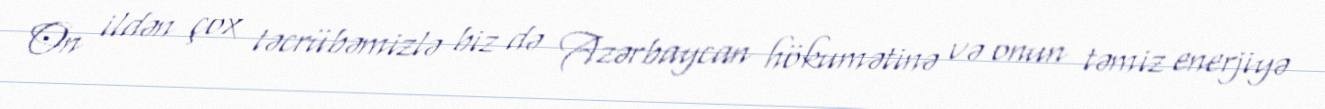
On ildən çox təcrübəmizlə biz də Azərbaycan hökumətinə və onun təmiz enerjiyə